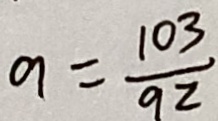
a = \frac { 1 0 3 } { 9 2 }